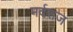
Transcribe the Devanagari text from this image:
मर्दराज